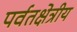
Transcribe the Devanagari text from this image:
पर्वतक्षेत्रीय